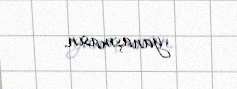
yanaşmasın.